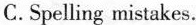
C.Spelling mistakes.